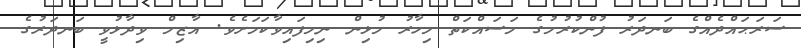
ސަރަޙައްދެއްގެ ބަނދަރު ފުންކުރުމުގެ މަސައްކަތް މިހާރު މުޅިން ނިމިފައިވާކަމަށެވެ. އާޒިމް ވިދާޅުވީ ބަނދަރުގެ